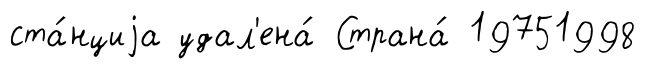
ста́нциjа удал'ена́ Страна́ 19751998